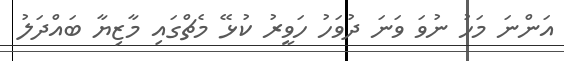
އަންނަ މަހު ނުވަ ވަނަ ދުވަހު ހަވީރު ކުޅޭ މެޗްގައި މާޒިޔާ ބައްދަލު